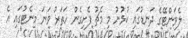
ލެވަންޓޭގެ ދަނޑުގައި ކުޅުނު މި މެޗު ފެށިގެން ހަތަރު ވަނަ މިނެޓުގައި އެ